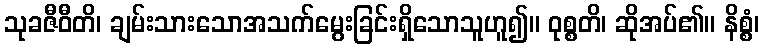
သုခဇီဝီတိ၊ ချမ်းသားသောအသက်မွေးခြင်းရှိသောသူဟူ၍။ ဝုစ္စတိ၊ ဆိုအပ်၏။ နိစ္စံ၊